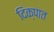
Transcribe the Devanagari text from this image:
दिक्‌पात